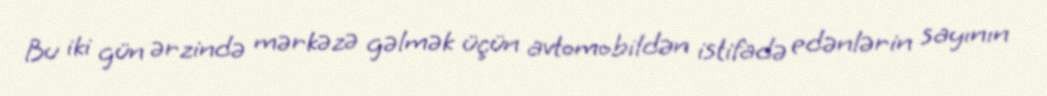
Bu iki gün ərzində mərkəzə gəlmək üçün avtomobildən istifadə edənlərin sayının